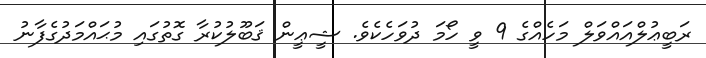
ރަބީޢުލްއައްވަލް މަހެއްގެ 9 ވީ ހޯމަ ދުވަހެކެވެ. ޝީޢީން ޤަބޫލުކުރާ ގޮތުގައި މުޙައްމަދުގެފާނު